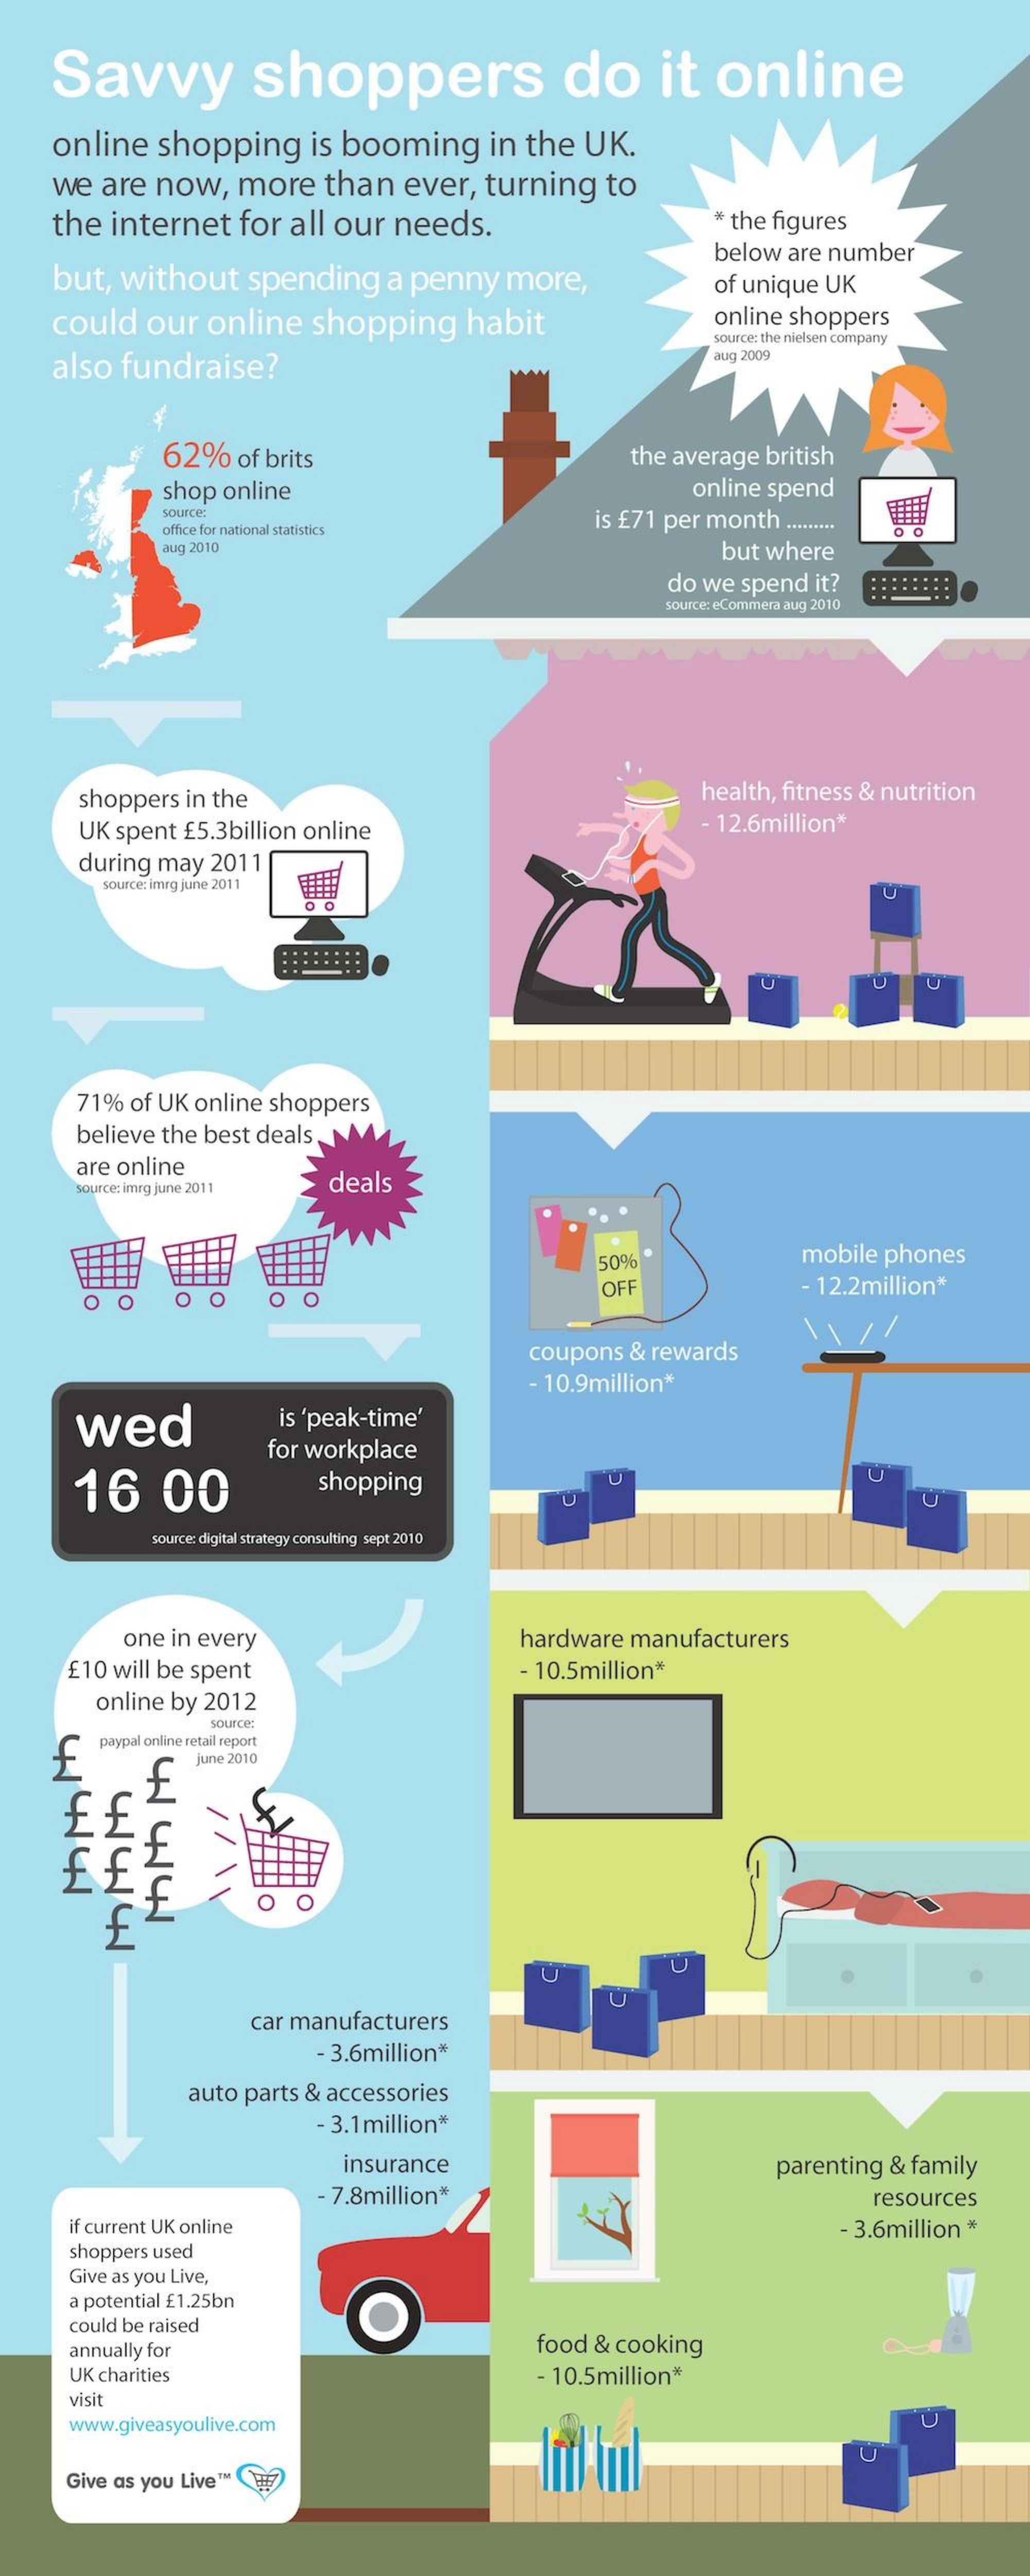
Savvy    shoppers    do    it  online
    online shopping    is booming   in the UK.
    we are now,  more   than  ever, turning to
    the internet for all our needs.    * the figures
    but, without  spending  a penny  more,
     below are number
     of unique UK
    could  our online  shopping   habit    online shoppers
    also fundraise?
     source: the nielsen company
     aug 2009
     62%  of brits    the average british
     shop online    online spend
     source:
     is £71 per month ......... office for national statistics
     aug 2010    but where
     do we spend it? ::::::::
     source: eCommera aug 2010
     shoppers in the    health, fitness & nutrition
     UK spent £5.3billion online    - 12.6million*
     during may 2011
     source: imrg june 2011
     U    U
     71% of UK online shoppers
     believe the best deals.
     are online
     source: imrg june 2011 deals
     50%    mobile phones
     O
     OFF    - 12.2million*
     O   O O    O
     coupons & rewards
     - 10.9million*
     wed    is 'peak-time'
     16    00
     for workplace
     shopping
     source: digital strategy consulting sept 2010
     one in every    hardware manufacturers
     £10 will be spent    - 10.5million*
     online by 2012
     source:
    £  paypal online retail report
     june 2010
     WWW1
     ££
     f
     O  O
     car manufacturers
     - 3.6million*
     auto parts & accessories
     - 3.1 million*
     insurance    parenting & family
     7.8million*    resources
     if current UK online
     shoppers used
     - 3.6million *
     Give as you Live,
     a potential £1.25bn
     could be raised
     annually for    food & cooking
     UK charities    - 10.5million*
     visit
     www.giveasyoulive.com
     Give as you Live ™